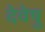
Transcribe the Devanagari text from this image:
देवेषु